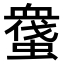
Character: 𧑬